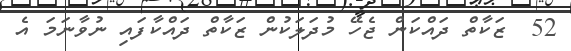
52  ޒަކާތް ދައްކަން ޖެހޭ މުދަލަކުން ޒަކާތް ދައްކާފައި ނުވާނަމަ އެ